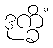
ဒုက္ခိံ